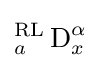
{_{a}^{\text{RL}}\operatorname {D} _{x}^{\alpha }}